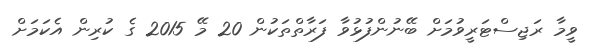
ވީމާ ރަޖިސްޓަރީވުމަށް ބޭނުންފުޅުވާ ފަރާތްތަކުން 20 މޭ 2015 ގެ ކުރިން އެކަމަށް